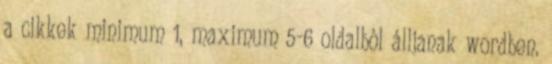
a cikkek minimum 1, maximum 5-6 oldalból álljanak wordben.